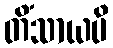
တိံသာယပိ